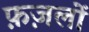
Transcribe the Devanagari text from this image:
फ़ज़लों